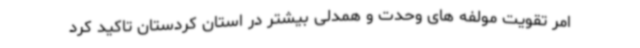
امر تقویت مولفه های وحدت و همدلی بیشتر در استان کردستان تاکید کرد